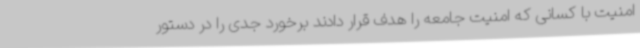
امنیت با کسانی که امنیت جامعه را هدف قرار دادند برخورد جدی را در دستور